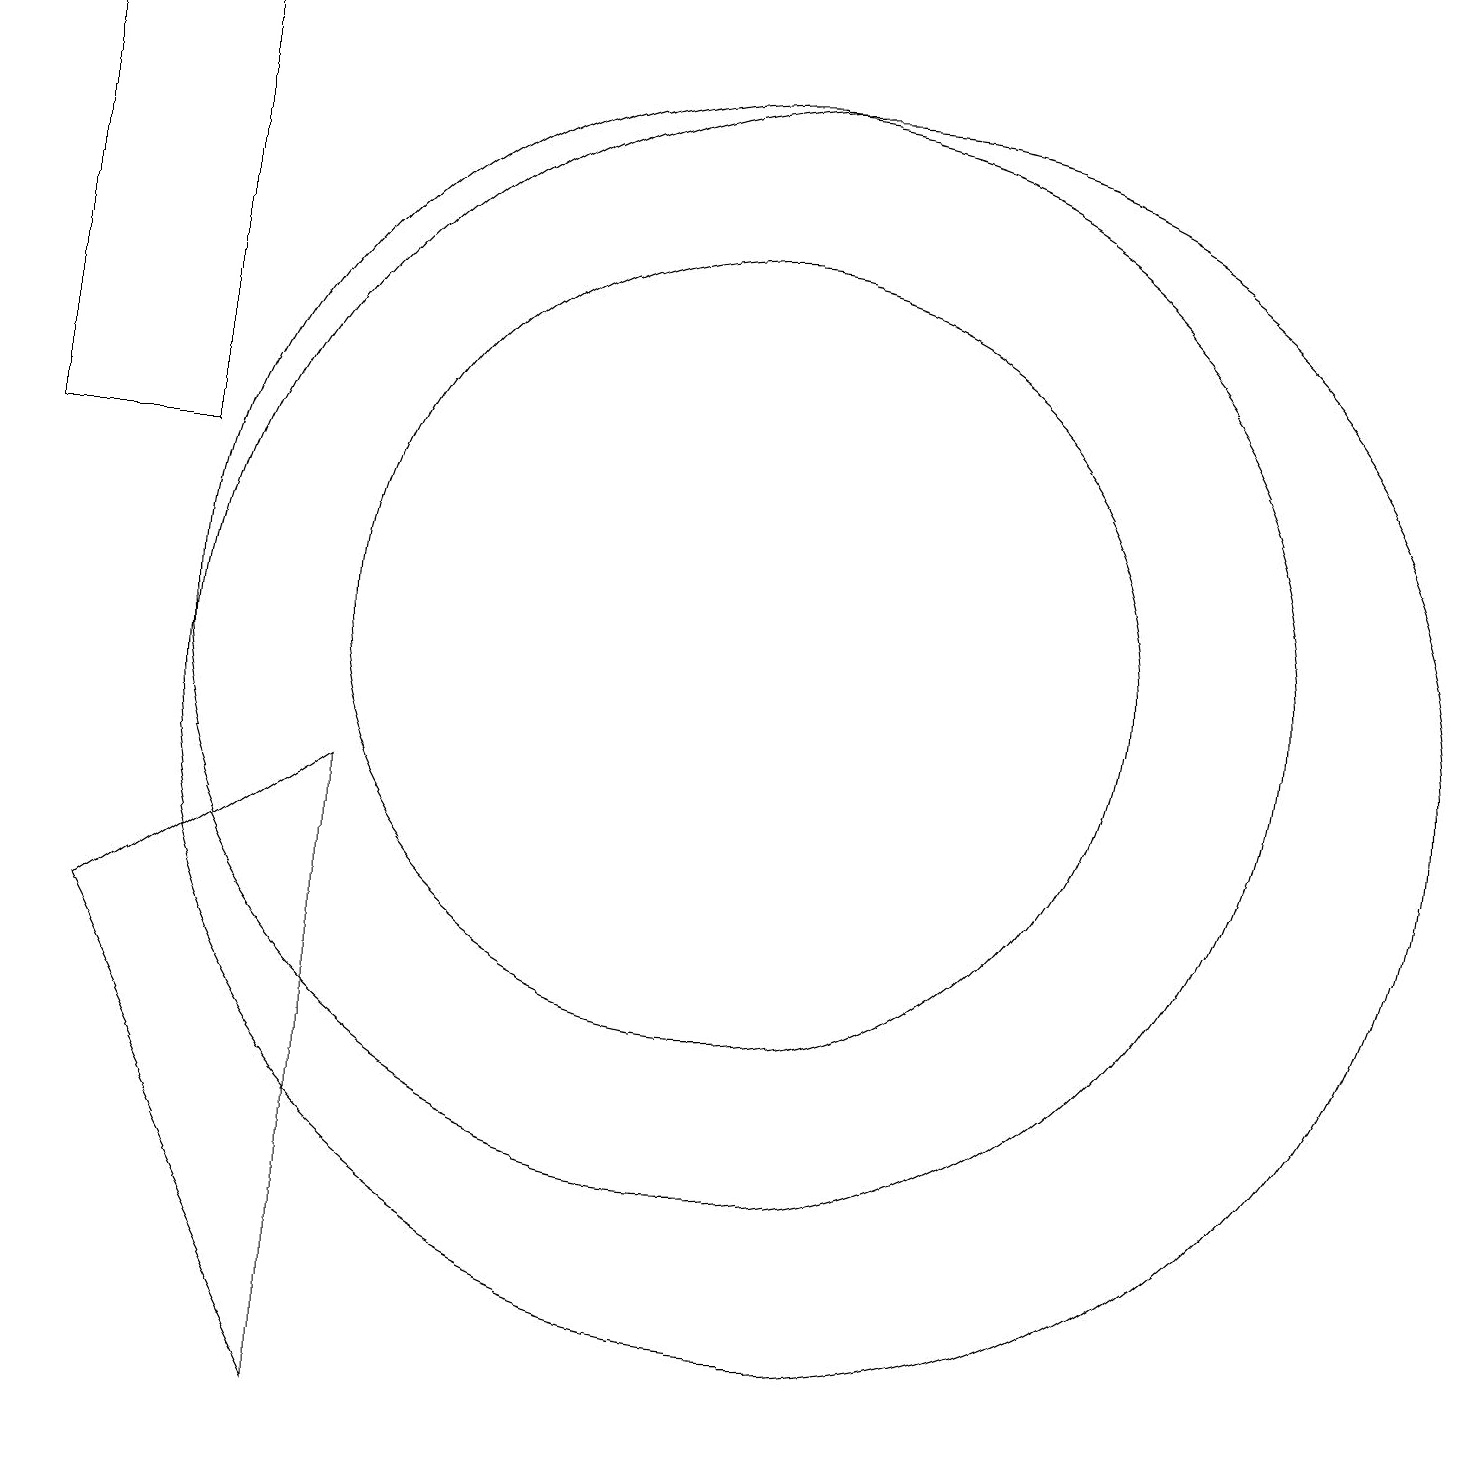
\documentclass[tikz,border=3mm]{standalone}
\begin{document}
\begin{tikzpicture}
\draw (1,19) rectangle (3,13);
\draw (11,10) circle (8);
\draw (2,7) -- (5,9) -- (5,1) -- cycle;
\draw (10,11) circle (5);
\draw (10,11) circle (7);
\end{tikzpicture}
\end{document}